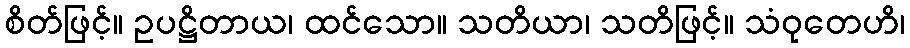
စိတ်ဖြင့်။ ဥပဋ္ဌိတာယ၊ ထင်သော။ သတိယာ၊ သတိဖြင့်။ သံဝုတေဟိ၊